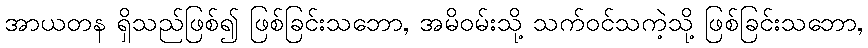
အာယတန ရှိသည်ဖြစ်၍ ဖြစ်ခြင်းသဘော, အမိဝမ်းသို့ သက်ဝင်သကဲ့သို့ ဖြစ်ခြင်းသဘော,